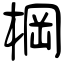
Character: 棡